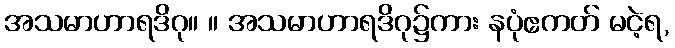
အသမာဟာရဒိဂု။ ။ အသမာဟာရဒိဂု၌ကား နပုံဧကတ် မငဲ့ရ,